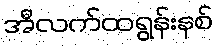
အီလက်ထရွန်းနစ်